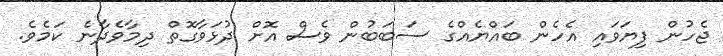
ޖެހުން ފިޔަވައި އެހެން ބައްޔެއްގެ ސަބަބުން ވެސް އޮށް ދުޅަވާގޮތް ދިމާވެދާނެ ކަމެވެ.